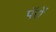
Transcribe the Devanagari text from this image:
पॅरों